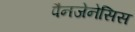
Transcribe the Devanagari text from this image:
पैनजेनेसिस